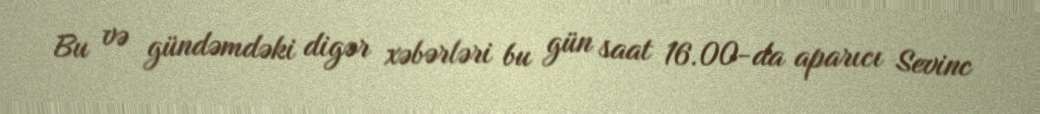
Bu və gündəmdəki digər xəbərləri bu gün saat 16.00-da aparıcı Sevinc